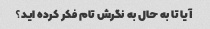
آیا تا به حال به نگرش تام فکر کرده اید؟